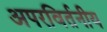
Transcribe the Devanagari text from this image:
अपरविर्तनीय